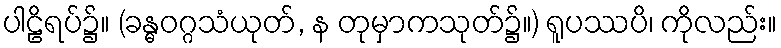
ပါဠိရပ်၌။ (ခန္ဓဝဂ္ဂသံယုတ်, န တုမှာကသုတ်၌။) ရူပဿပိ၊ ကိုလည်း။